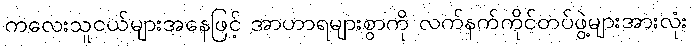
ကလေးသူငယ်များအနေဖြင့် အာဟာရများစွာကို လက်နက်ကိုင်တပ်ဖွဲ့များအားလုံး